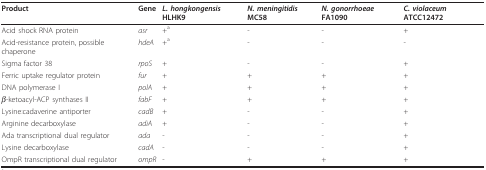
| Product | Gene | L. hongkongensis HLHK9 | N. meningitidis MC58 | N. gonorrhoeae FA1090 | C. violaceum ATCC12472 |
 | --- | --- | --- | --- | --- | --- |
 | Acid shock RNA protein | asr | +a | - | - | + |
 | Acid-resistance protein, possible chaperone | hdeA | +a | - | - | - |
 | Sigma factor 38 | rpoS | + | - | - | + |
 | Ferric uptake regulator protein | fur | + | + | + | + |
 | DNA polymerase I | polA | + | + | + | + |
 | β-ketoacyl-ACP synthases II | fabF | + | + | + | + |
 | Lysine:cadaverine antiporter | cadB | + | - | - | + |
 | Arginine decarboxylase | adiA | + | - | - | + |
 | Ada transcriptional dual regulator | ada | - | - | - | + |
 | Lysine decarboxylase | cadA | - | - | - | + |
 | OmpR transcriptional dual regulator | ompR | - | + | + | + |